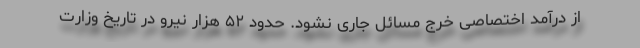
از درآمد اختصاصی خرج مسائل جاری نشود. حدود ۵۲ هزار نیرو در تاریخ وزارت